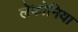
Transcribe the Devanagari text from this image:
लेकोनिया